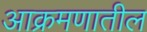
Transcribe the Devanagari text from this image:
आक्रमणातील